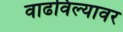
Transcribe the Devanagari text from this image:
वाढविल्यावर